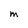
Character: M